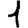
Digit: 1